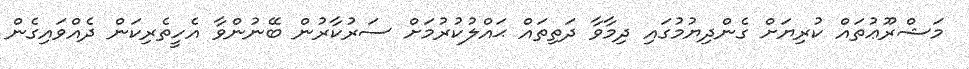
މަޝްރޫޢުތައް ކުރިޔަށް ގެންދިޔުމުގައި ދިމާވާ ދަތިތައް ޙައްލުކުރުމަށް ސަރުކާރުން ބޭނުންވާ އެހީތެރިކަން ދެއްވައިގެން